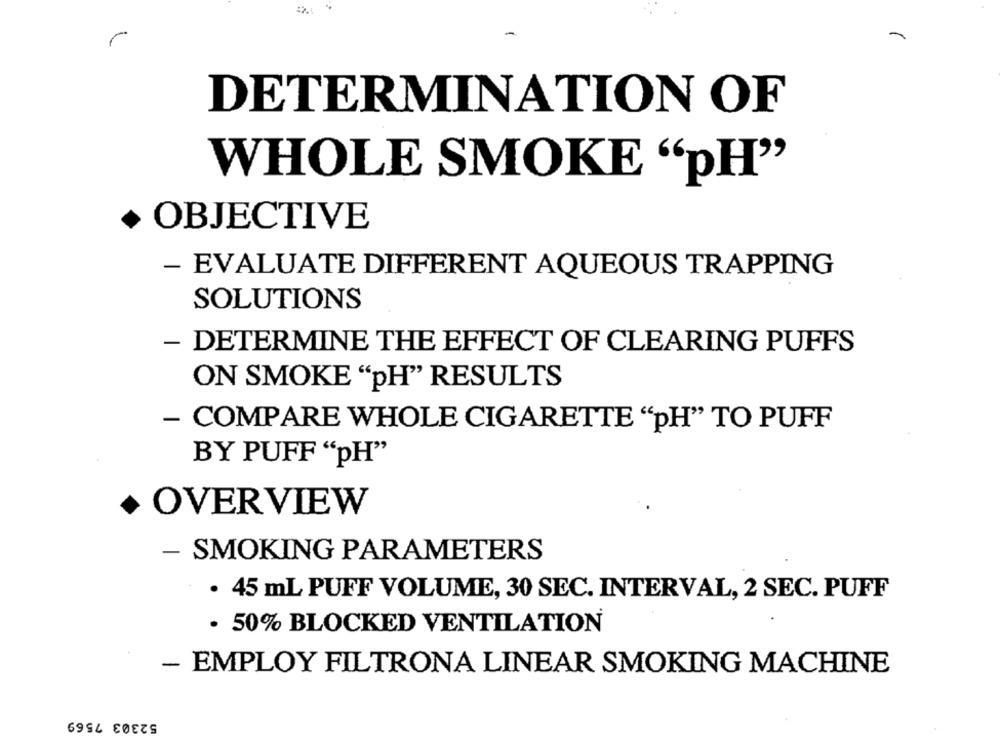
DETERMINATION OF
WHOLE SMOKE "pH"
+ OBJECTIVE
- EVALUATE DIFFERENT AQUEOUS TRAPPING
SOLUTIONS
- DETERMINE THE EFFECT OF CLEARING PUFFS
ON SMOKE "pH" RESULTS
- COMPARE WHOLE CIGARETTE "pH" TO PUFF
BY PUFF "pH"
+ OVERVIEW
- SMOKING PARAMETERS
· 45 mL PUFF VOLUME, 30 SEC. INTERVAL, 2 SEC. PUFF
. 50% BLOCKED VENTILATION
- EMPLOY FILTRONA LINEAR SMOKING MACHINE
52303 7569